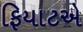
ફિયાટએ